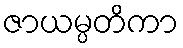
ဇာယမ္ပတိကာ